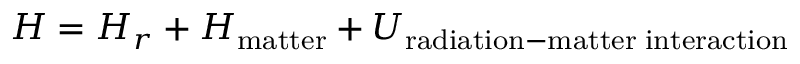
H = H _ { r } + H _ { \mathrm { m a t t e r } } + U _ { \mathrm { r a d i a t i o n - m a t t e r \; i n t e r a c t i o n } }